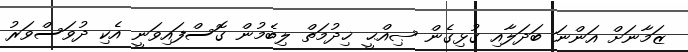
ޒަމާނަށް އަންނަ ބަދަލާއި ގުޅިގެން ޞިއްޙީ ޚިދުމަތް ލިބެމުން ގޮސްފައިވަނީ އެކި ދުވަސްވަރު